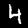
Digit: 4